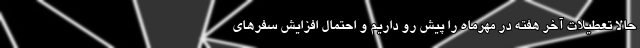
حالا تعطیلات آخر هفته در مهرماه را پیش رو داریم و احتمال افزایش سفرهای